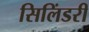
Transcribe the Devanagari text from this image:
सिलिंडरी